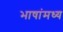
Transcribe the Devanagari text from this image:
भाषांमध्य